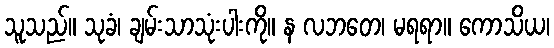
သူသည်။ သုခံ၊ ချမ်းသာသုံးပါးကို။ န လဘတေ၊ မရရာ။ ကောသိယ၊